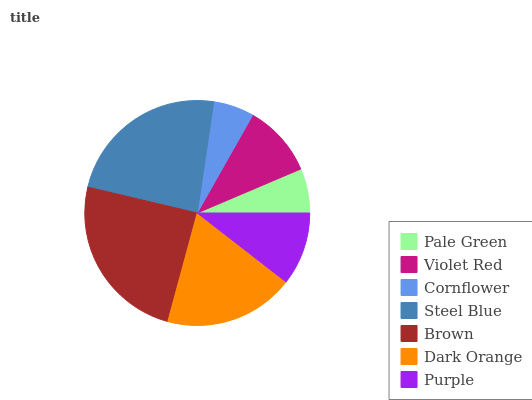
| Pale Green | Violet Red | Cornflower | Steel Blue | Brown | Dark Orange | Purple |
 | --- | --- | --- | --- | --- | --- | --- |
 | 6.39% | 10.4% | 5.85% | 23.7% | 24.5% | 18.7% | 10.5% |